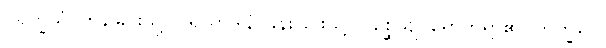
ပရိက္ခယံ၊ ကုန်ခြင်းသို့။ ပရိယာဒါနံ၊ ခန်းခြင်းသို့။ ဂစ္ဆေယျ၊ ရောက်ရာ၏။ ဘိက္ခဝေ၊